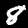
Digit: 8